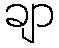
ချာ